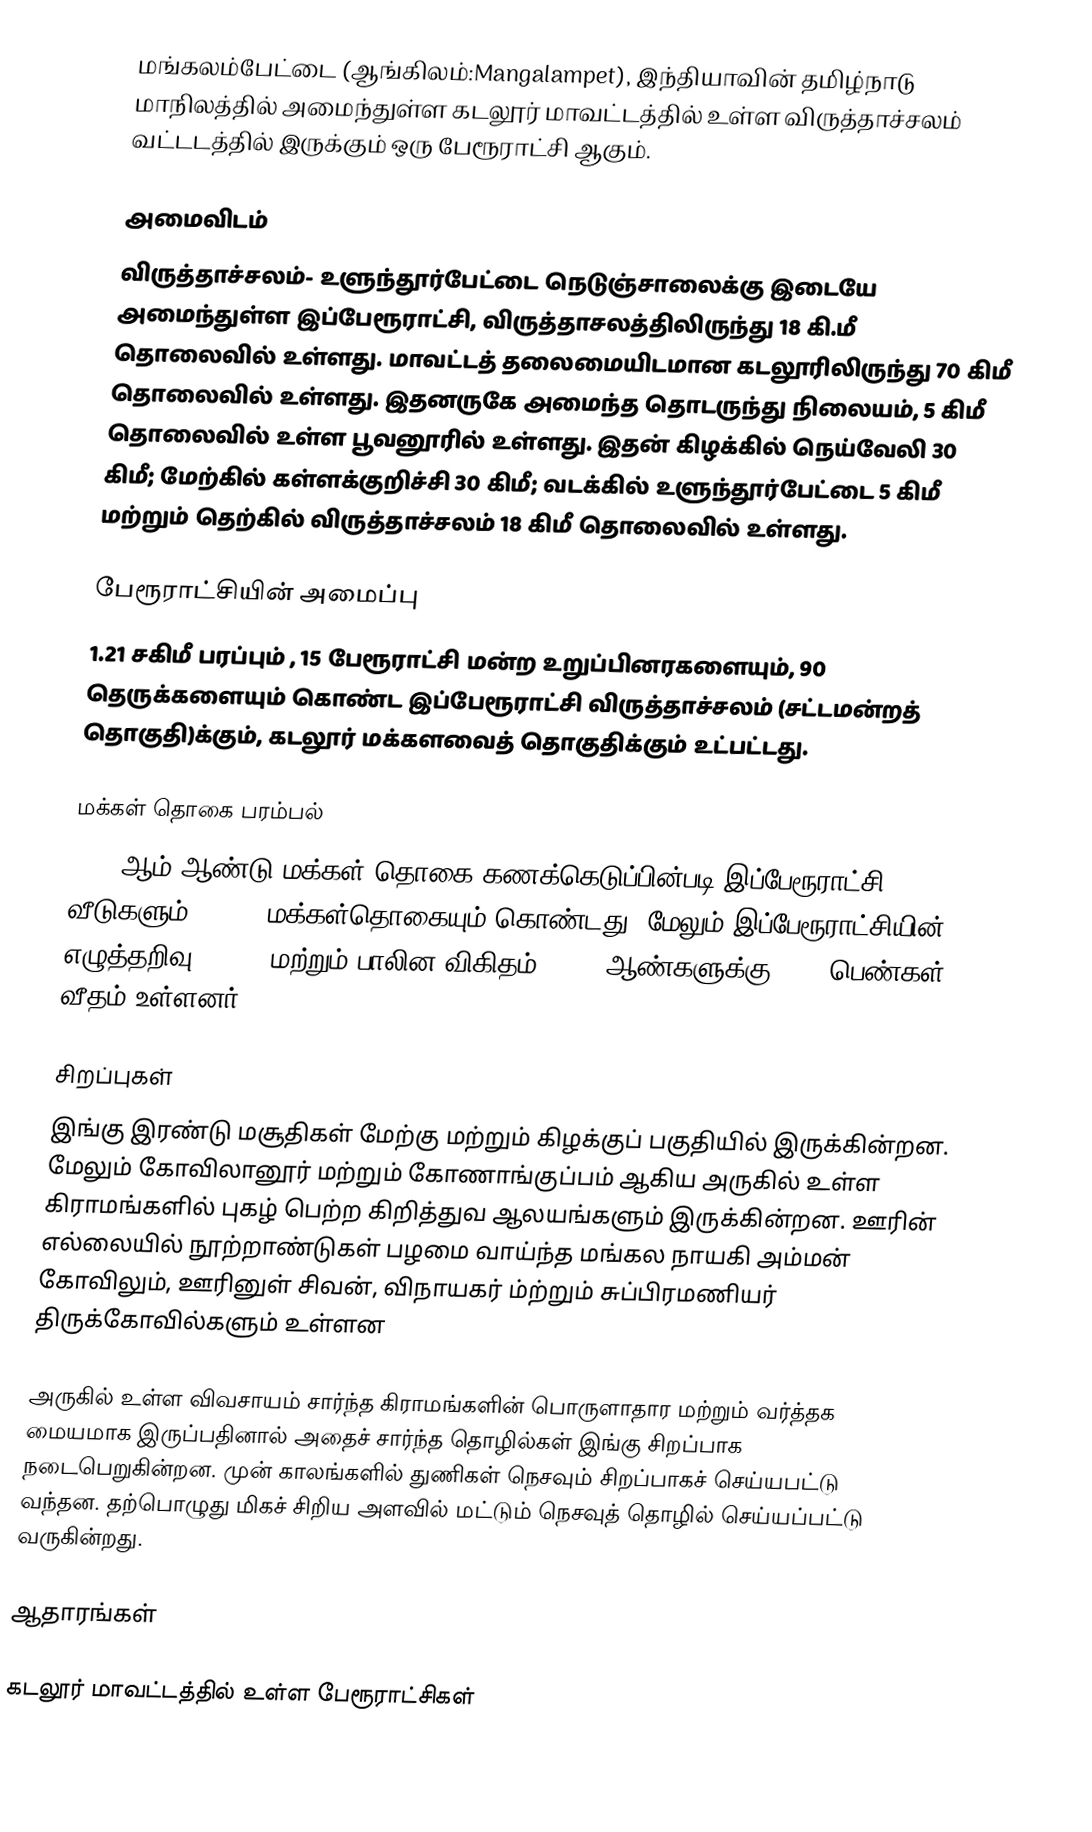
மங்கலம்பேட்டை (ஆங்கிலம்:Mangalampet), இந்தியாவின் தமிழ்நாடு மாநிலத்தில் அமைந்துள்ள கடலூர் மாவட்டத்தில் உள்ள விருத்தாச்சலம் வட்டடத்தில் இருக்கும் ஒரு பேரூராட்சி ஆகும்.

அமைவிடம்
விருத்தாச்சலம்- உளுந்தூர்பேட்டை நெடுஞ்சாலைக்கு இடையே அமைந்துள்ள இப்பேரூராட்சி, விருத்தாசலத்திலிருந்து 18 கி.மீ தொலைவில் உள்ளது. மாவட்டத் தலைமையிடமான கடலூரிலிருந்து 70 கிமீ தொலைவில் உள்ளது. இதனருகே அமைந்த தொடருந்து நிலையம், 5 கிமீ தொலைவில் உள்ள  பூவனூரில் உள்ளது. இதன் கிழக்கில் நெய்வேலி 30 கிமீ; மேற்கில் கள்ளக்குறிச்சி 30 கிமீ; வடக்கில் உளுந்தூர்பேட்டை 5 கிமீ மற்றும் தெற்கில் விருத்தாச்சலம் 18 கிமீ தொலைவில் உள்ளது.

பேரூராட்சியின் அமைப்பு
1.21 சகிமீ பரப்பும் , 15  பேரூராட்சி மன்ற உறுப்பினரகளையும், 90 தெருக்களையும் கொண்ட  இப்பேரூராட்சி விருத்தாச்சலம் (சட்டமன்றத் தொகுதி)க்கும், கடலூர் மக்களவைத் தொகுதிக்கும் உட்பட்டது.

மக்கள் தொகை பரம்பல்
2011-ஆம் ஆண்டு மக்கள் தொகை கணக்கெடுப்பின்படி   இப்பேரூராட்சி     2,108  வீடுகளும்,  9,278 மக்கள்தொகையும் கொண்டது. மேலும் இப்பேரூராட்சியின் எழுத்தறிவு   85.30%  மற்றும்  பாலின விகிதம் 1,000 ஆண்களுக்கு, 829  பெண்கள் வீதம் உள்ளனர்.

சிறப்புகள்
இங்கு இரண்டு மசூதிகள் மேற்கு மற்றும் கிழக்குப் பகுதியில் இருக்கின்றன. மேலும் கோவிலானூர் மற்றும் கோணாங்குப்பம் ஆகிய அருகில் உள்ள கிராமங்களில் புகழ் பெற்ற கிறித்துவ ஆலயங்களும் இருக்கின்றன. ஊரின் எல்லையில் நூற்றாண்டுகள் பழமை வாய்ந்த மங்கல நாயகி அம்மன் கோவிலும், ஊரினுள் சிவன், விநாயகர் ம்ற்றும் சுப்பிரமணியர் திருக்கோவில்களும் உள்ளன

அருகில் உள்ள விவசாயம் சார்ந்த கிராமங்களின் பொருளாதார மற்றும் வர்த்தக மையமாக இருப்பதினால் அதைச் சார்ந்த தொழில்கள் இங்கு சிறப்பாக நடைபெறுகின்றன. முன் காலங்களில் துணிகள் நெசவும் சிறப்பாகச் செய்யபட்டு வந்தன. தற்பொழுது மிகச் சிறிய அளவில் மட்டும் நெசவுத் தொழில் செய்யப்பட்டு வருகின்றது.

ஆதாரங்கள்

கடலூர் மாவட்டத்தில் உள்ள பேரூராட்சிகள்